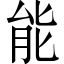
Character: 能